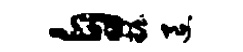
自妆退